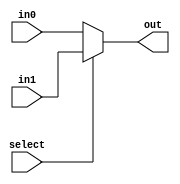
module mux_2_onebit(select, in0, in1, out);
  input select;
  input in0, in1;
  output out;
  assign out = select ? in1 : in0;
endmodule